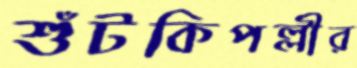
শুঁটকিপল্লীর